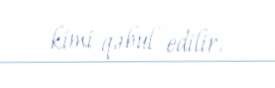
kimi qəbul edilir.